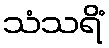
သံသရိံ